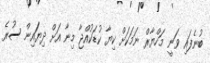
ބުނެފައި ވަނީ މަހްޔާރް ނަމަކަށް ކިޔާ ކުޑަކުއްޖާ މިނާ އަށް ދިޔަައިން ސުރެ